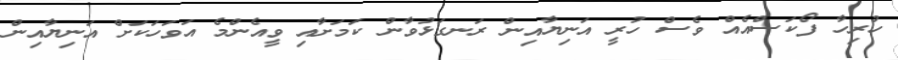
ހުރިހާ ފޯކަސްއެއް ވެސް ހުރީ އަނިޔާއިން ރަނގަޅުވާން ކަމަށާއި ވީއެންމެ އަވަހަކަށް އަނިޔާއިން